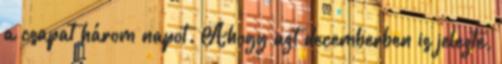
a csapat három napot. Ahogy azt decemberben is jelezte,